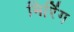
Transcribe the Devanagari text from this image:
मिरिंग